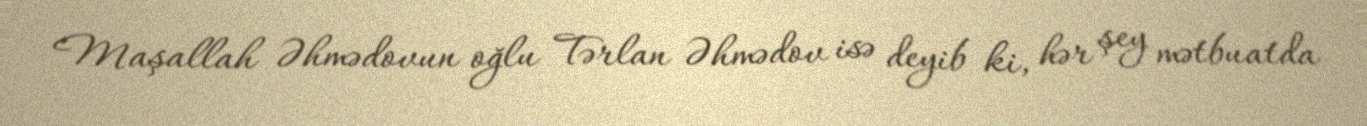
Maşallah Əhmədovun oğlu Tərlan Əhmədov isə deyib ki, hər şey mətbuatda